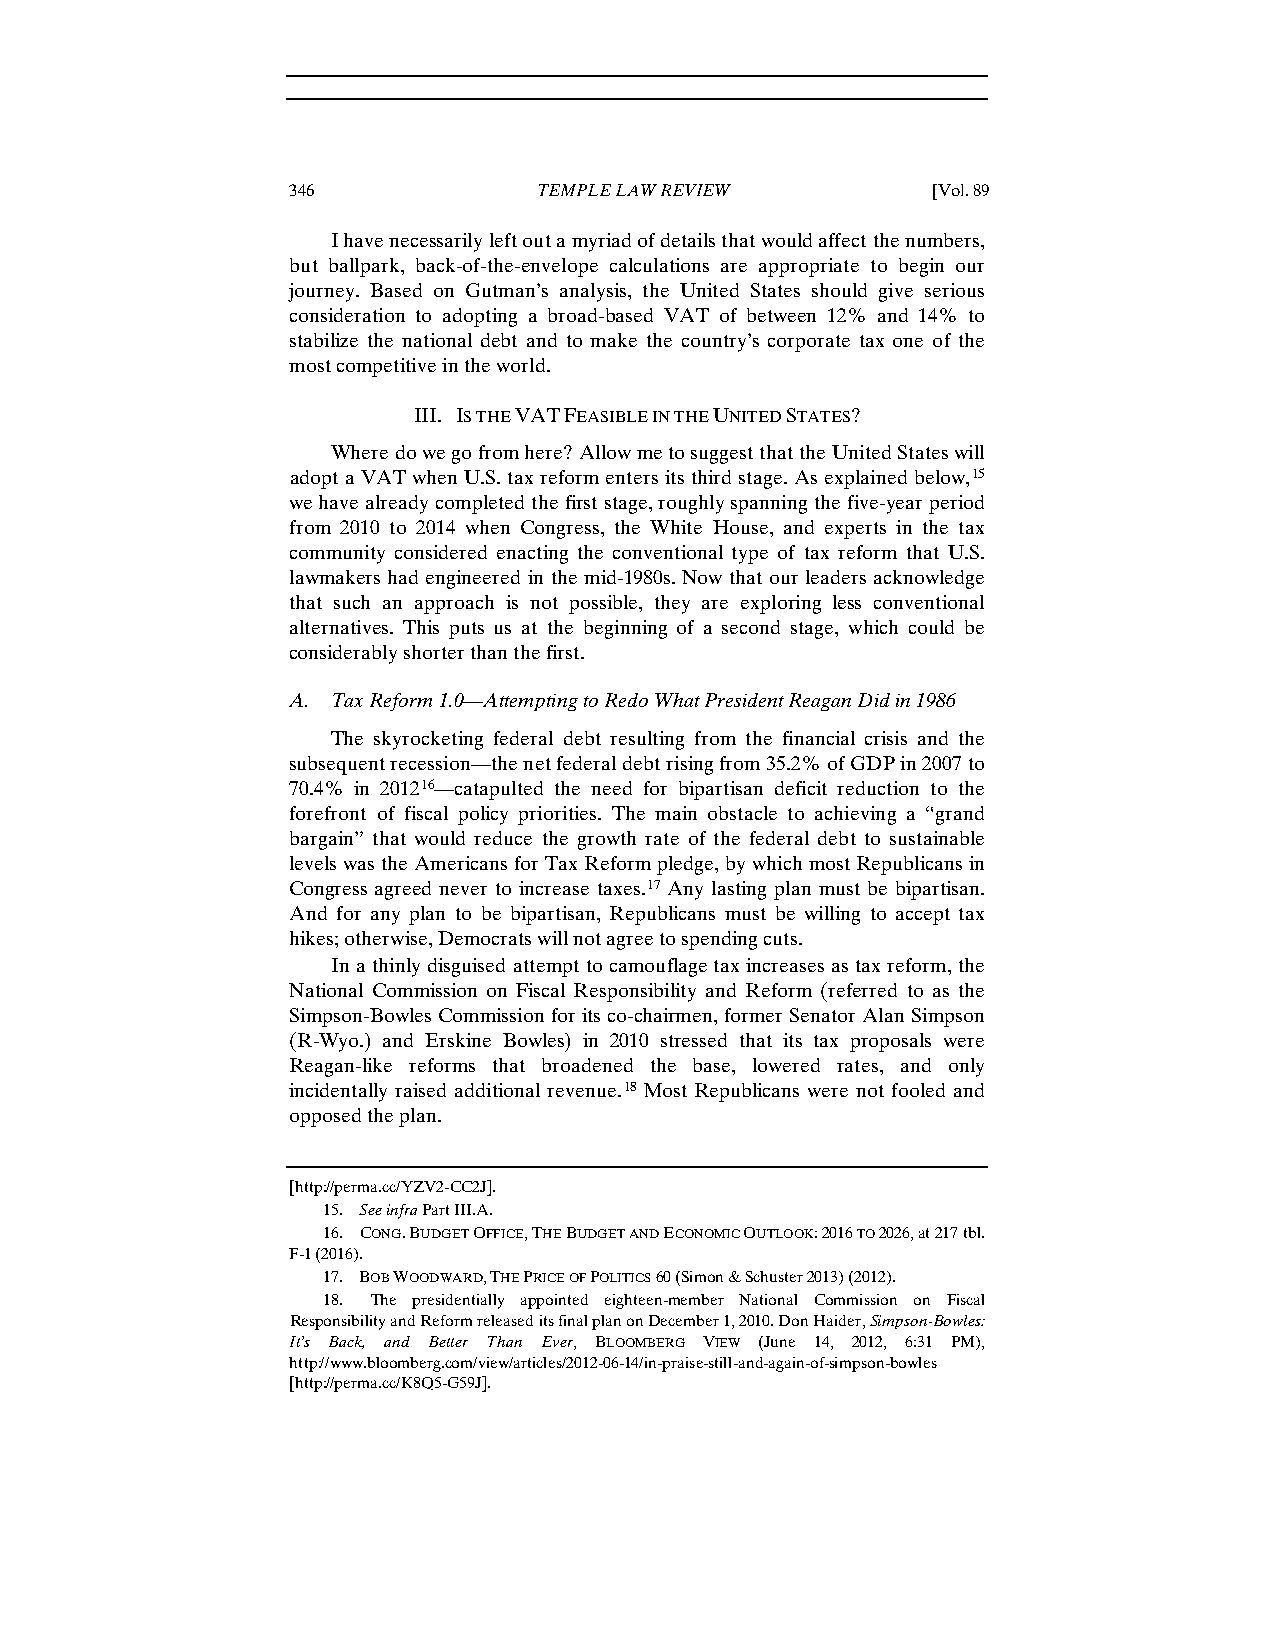
346              TEMPLE LAW REVIEW         [Vol. 89
 I have necessarily left out a myriad of details that would affect the numbers,
 but ballpark, back-of-the-envelope calculations are appropriate to begin our
 journey. Based on Gutman’s analysis, the United States should give serious
 consideration to adopting a broad-based VAT of between 12% and 14% to
 stabilize the national debt and to make the country’s corporate tax one of the
 most competitive in the world.
 III. IS THE VAT FEASIBLE IN THE UNITED STATES?
 Where do we go from here? Allow me to suggest that the United States will
 adopt a VAT when U.S. tax reform enters its third stage. As explained below,15
 we have already completed the first stage, roughly spanning the five-year period
 from 2010 to 2014 when Congress, the White House, and experts in the tax
 community considered enacting the conventional type of tax reform that U.S.
 lawmakers had engineered in the mid-1980s. Now that our leaders acknowledge
 that such an approach is not possible, they are exploring less conventional
 alternatives. This puts us at the beginning of a second stage, which could be
 considerably shorter than the first.
 A. Tax Reform 1.0—Attempting to Redo What President Reagan Did in 1986
 The skyrocketing federal debt resulting from the financial crisis and the
 subsequent recession—the net federal debt rising from 35.2% of GDP in 2007 to
 70.4% in 201216—catapulted the need for bipartisan deficit reduction to the
 forefront of fiscal policy priorities. The main obstacle to achieving a “grand
 bargain” that would reduce the growth rate of the federal debt to sustainable
 levels was the Americans for Tax Reform pledge, by which most Republicans in
 Congress agreed never to increase taxes.17 Any lasting plan must be bipartisan.
 And for any plan to be bipartisan, Republicans must be willing to accept tax
 hikes; otherwise, Democrats will not agree to spending cuts.
 In a thinly disguised attempt to camouflage tax increases as tax reform, the
 National Commission on Fiscal Responsibility and Reform (referred to as the
 Simpson-Bowles Commission for its co-chairmen, former Senator Alan Simpson
 (R-Wyo.) and Erskine Bowles) in 2010 stressed that its tax proposals were
 Reagan-like reforms that broadened the base, lowered rates, and only
 incidentally raised additional revenue.18 Most Republicans were not fooled and
 opposed the plan.
 [http://perma.cc/YZV2-CC2J].
 15. See infra Part III.A.
 16. CONG. BUDGET OFFICE, THE BUDGET AND ECONOMIC OUTLOOK: 2016 TO 2026, at 217 tbl.
 F-1 (2016).
 17. BOB WOODWARD, THE PRICE OF POLITICS 60 (Simon & Schuster 2013) (2012).
 18. The presidentially appointed eighteen-member National Commission on Fiscal
 Responsibility and Reform released its final plan on December 1, 2010. Don Haider, Simpson-Bowles:
 It’s Back, and Better Than Ever, BLOOMBERG VIEW (June 14, 2012, 6:31 PM),
 http://www.bloomberg.com/view/articles/2012-06-14/in-praise-still-and-again-of-simpson-bowles
 [ http://perma.cc/K8Q5-G59J].